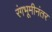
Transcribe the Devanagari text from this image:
रंगभूमीनंतर